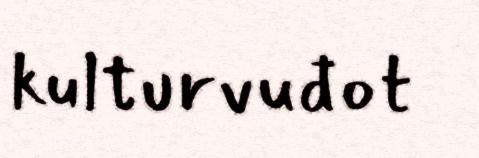
kulturvuđot